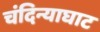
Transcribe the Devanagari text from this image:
चंदिन्याघाट